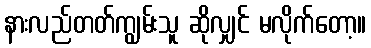
နားလည်တတ်ကျွမ်းသူ ဆိုလျှင် မလိုက်တော့။